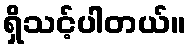
ရှိသင့်ပါတယ်။